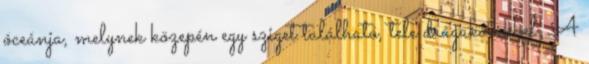
óceánja, melynek közepén egy sziget található, tele drágakövekkel. A